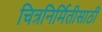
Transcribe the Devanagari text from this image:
चित्रनिर्मितीसाठी